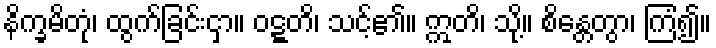
နိက္ခမိတုံ၊ ထွက်ခြင်းငှာ။ ဝဋ္ဋတိ၊ သင့်၏။ ဣတိ၊ သို့။ စိန္တေတွာ၊ ကြံ၍။